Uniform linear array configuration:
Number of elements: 8
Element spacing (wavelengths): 0.5
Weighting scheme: exponential
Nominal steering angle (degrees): -60
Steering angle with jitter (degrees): -59.717
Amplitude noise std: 0.05
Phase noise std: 0.05

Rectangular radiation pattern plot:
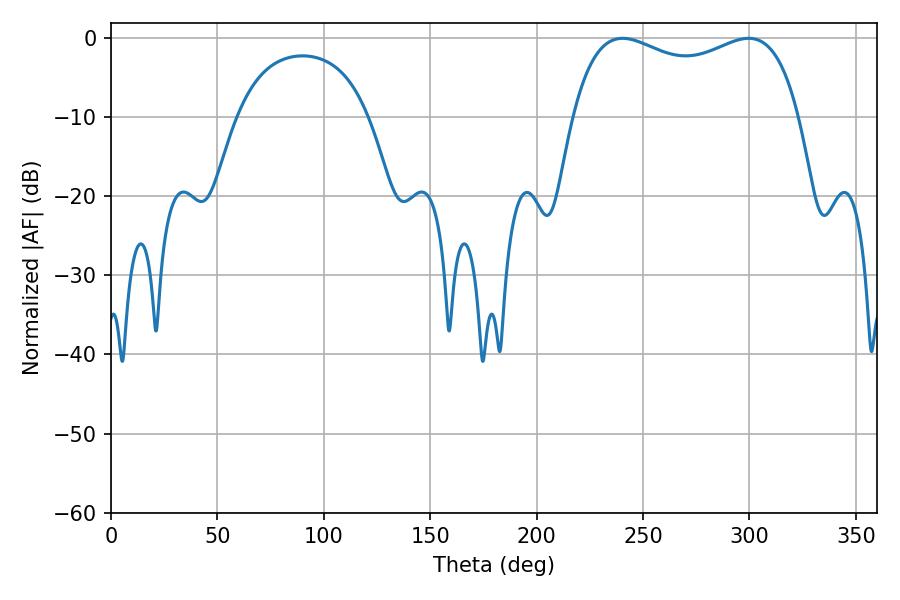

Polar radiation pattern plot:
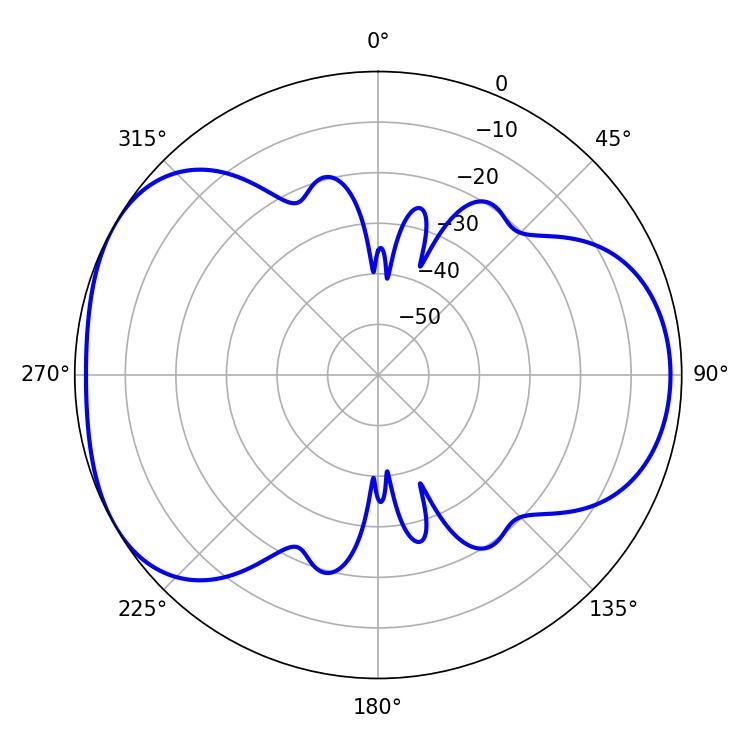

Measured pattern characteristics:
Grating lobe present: FALSE
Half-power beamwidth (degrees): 87.84
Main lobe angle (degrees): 240.3